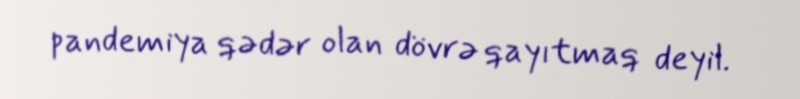
pandemiya qədər olan dövrə qayıtmaq deyil.